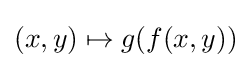
(x,y)\mapsto g(f(x,y))